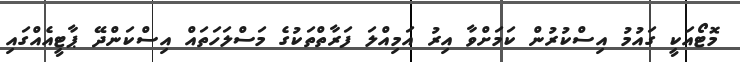
މޮޓޯއަކީ ގައުމު އިސްކުރުން ކަމަށްވާ އިރު އަމިއްލަ ފަރާތްތަކުގެ މަސްލަހަތައް އިސްކަންދޭ ޕާޓީއެއްގައި